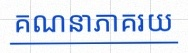
គណនាភាគរយ